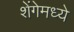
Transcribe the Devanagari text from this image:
शेंगेमध्ये